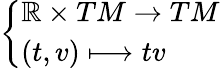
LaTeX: \left\{ \begin{array}{ll}{\mathbb{R}\times TM\to TM}\\ {(t,v)\longmapsto tv}\end{array}\right.